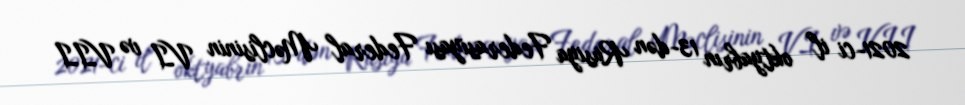
2021-ci il oktyabrın 13-dən Rusiya Federasiyası Federal Məclisinin VI və VII